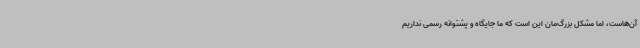
آن‌هاست، اما مشکل بزرگ‌مان این است که ما جایگاه و پشتوانه رسمی نداریم